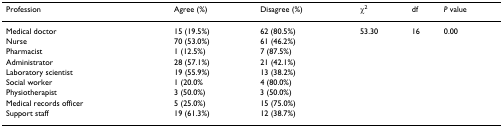
| Profession | Agree (%) | Disagree (%) | χ2 | df | P value |
 | --- | --- | --- | --- | --- | --- |
 | Medical doctor | 15 (19.5%) | 62 (80.5%) | 53.30 | 16 | 0.00 |
 | Nurse | 70 (53.0%) | 61 (46.2%) |  |  |  |
 | Pharmacist | 1 (12.5%) | 7 (87.5%) |  |  |  |
 | Administrator | 28 (57.1%) | 21 (42.1%) |  |  |  |
 | Laboratory scientist | 19 (55.9%) | 13 (38.2%) |  |  |  |
 | Social worker | 1 (20.0% | 4 (80.0%) |  |  |  |
 | Physiotherapist | 3 (50.0%) | 3 (50.0%) |  |  |  |
 | Medical records officer | 5 (25.0%) | 15 (75.0%) |  |  |  |
 | Support staff | 19 (61.3%) | 12 (38.7%) |  |  |  |